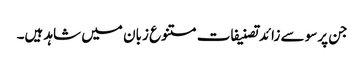
جن پرسو سے زائدتصنیفات متنوع زبان میں شاہد ہیں۔